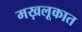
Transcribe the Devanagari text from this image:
मख़लूकात